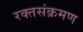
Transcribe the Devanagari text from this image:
रक्तसंक्रमण